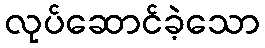
လုပ်ဆောင်ခဲ့သော